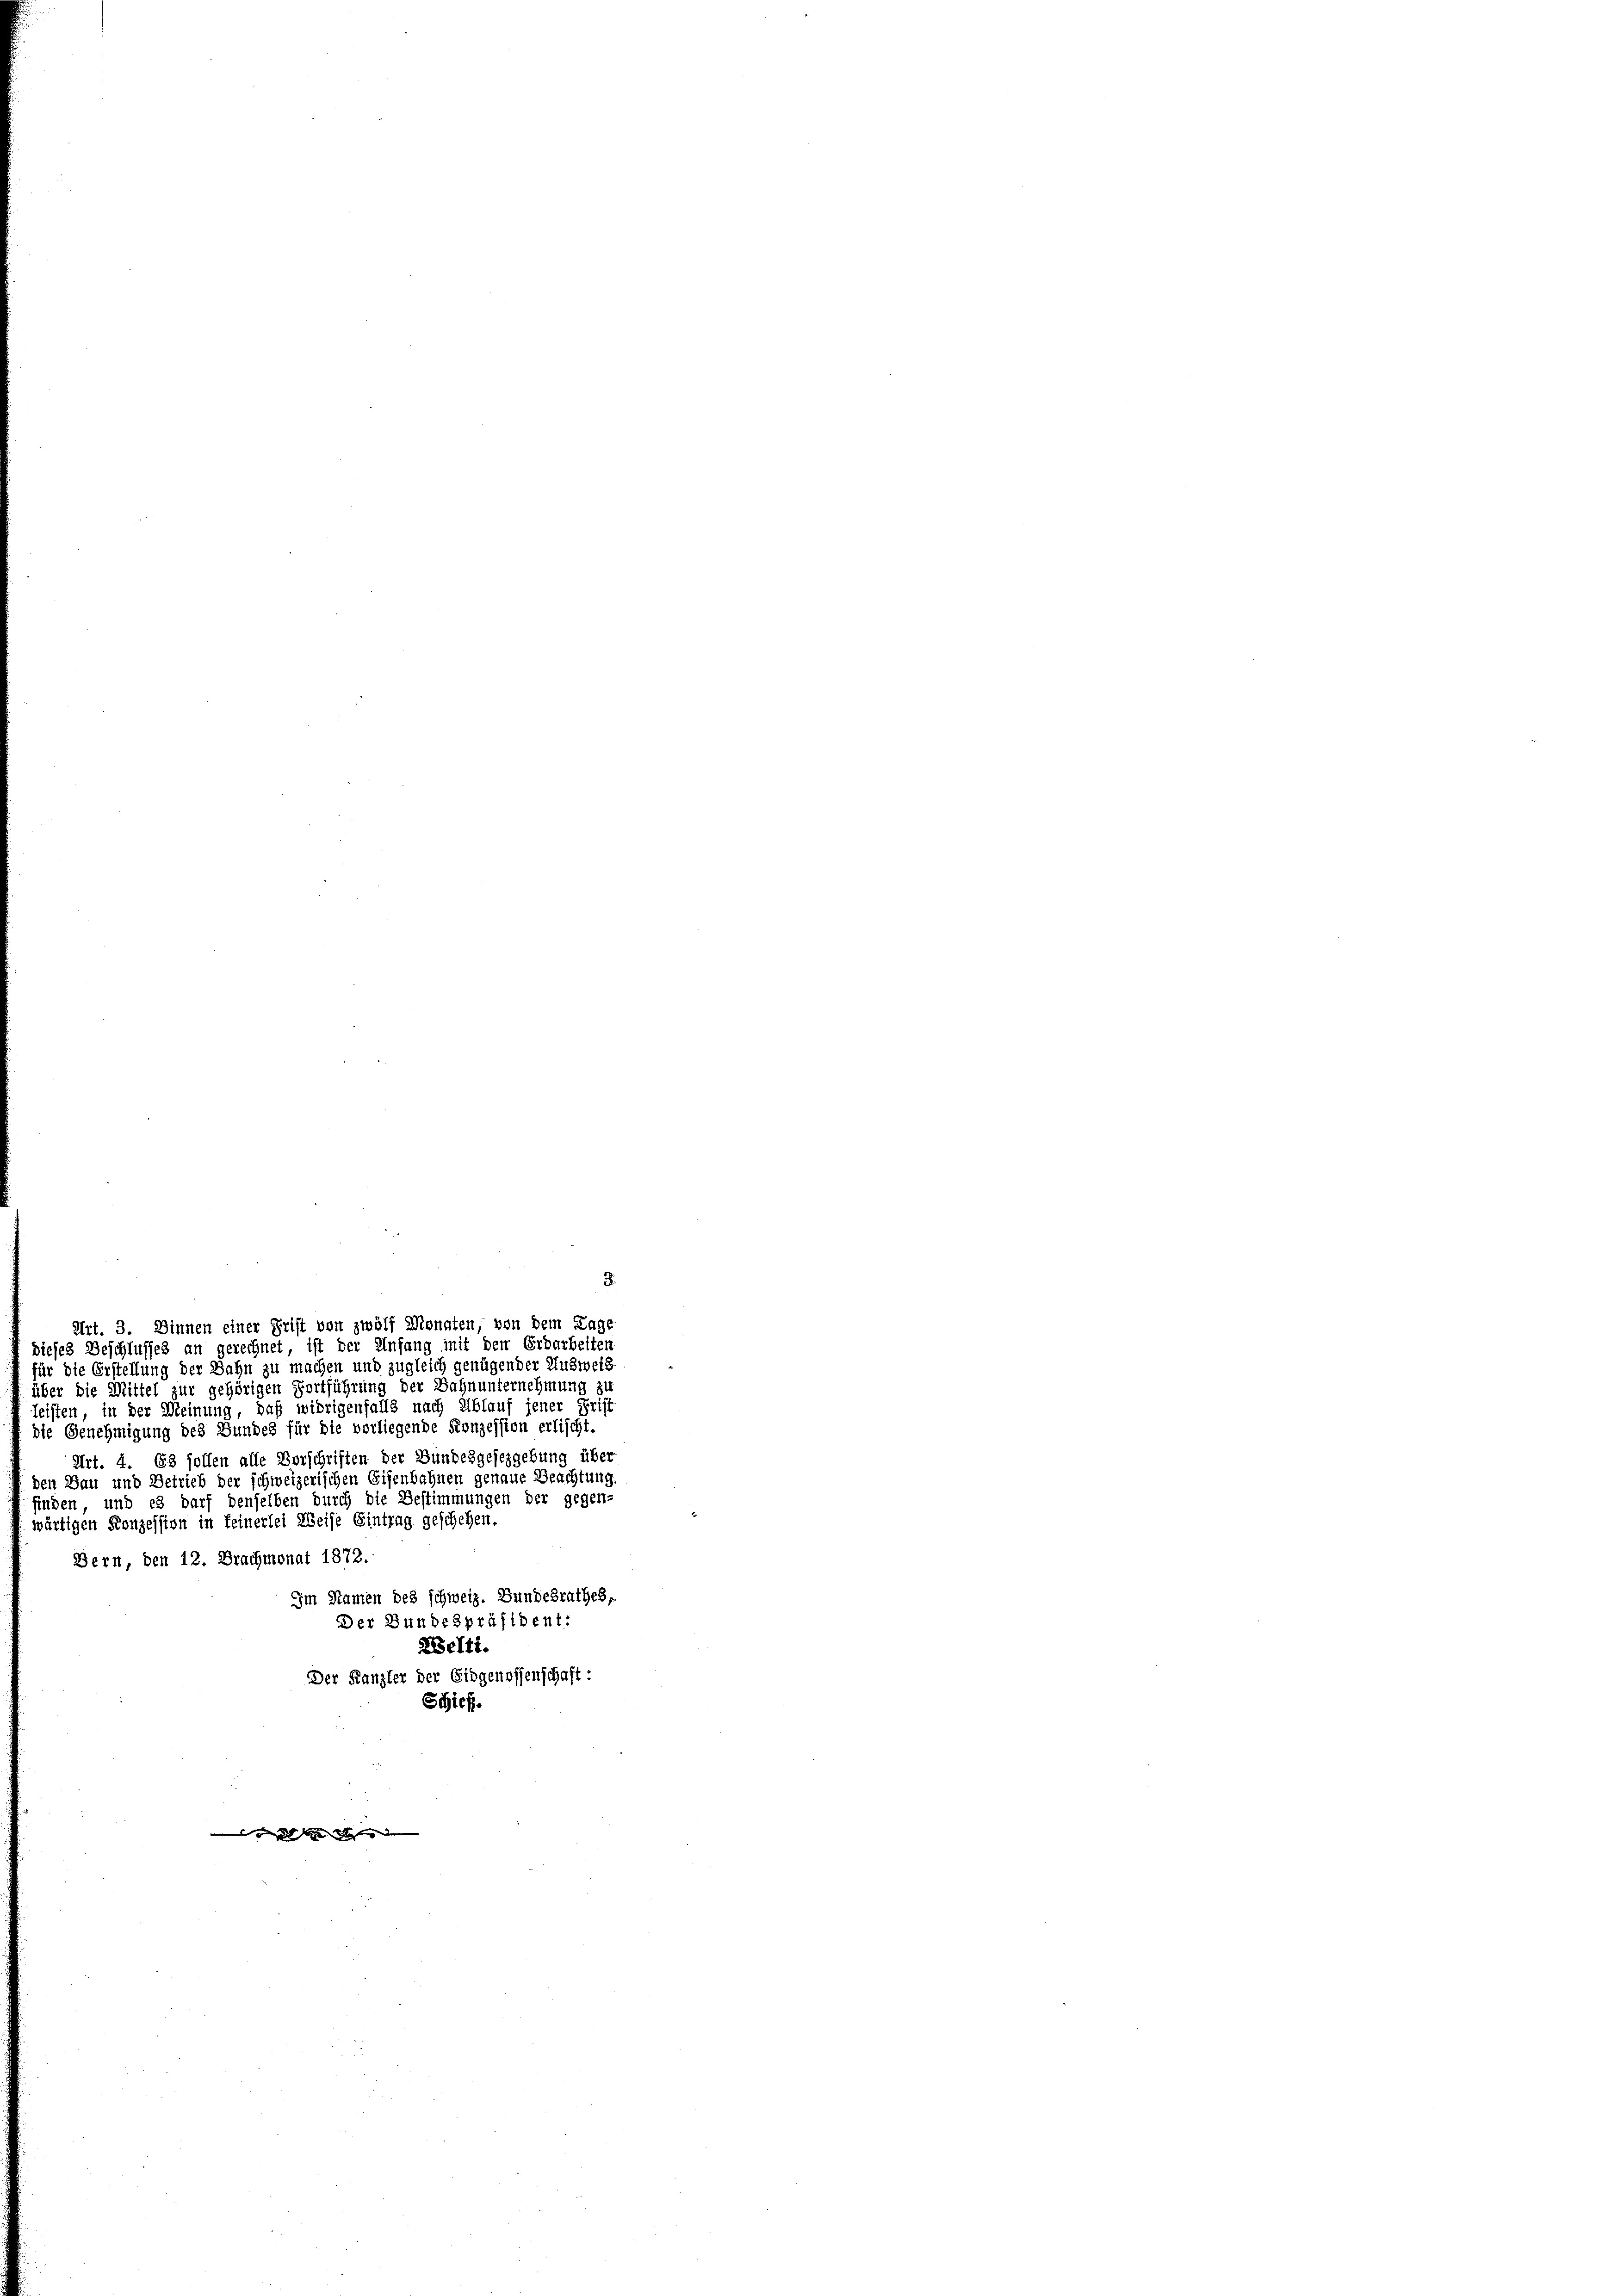
3
Art. 3. Dinnen einer Grift von zwölf Monaten, von dem Tage
dieses Beschlusses an gerechnet ist der Anfang mit den Erdarbeiten
für die Erstellung der Bahn zu machen und zugleich genügender Ausweis

über die Mittel zur gehörigen Fortführung der Bahnunternehmung zu
leisten, in der Meinung, daß widrigenfalls nach Ablauf jener Griff
die Genehmigung des Bundes für die vorliegende Konzession erlischt.
Art. 4. 63 sollen alle Vorschriften der Bundesgesezgebung über
den Bau und Betrieb der schweizerischen Eisenbahnen genaue Beachtung.
finden, und es darf denselben durch die Bestimmungen der gegen-
wärtigen Konzession in feinerlei Weise Eintrag geschehen.
Bern, den 12. Brachmonat 1872.
Im Namen des schweiz. Bundesrathes,
Der Bundespräsident:
Belti.
Der Kanzler der Eidgenossenschaft:
Schief.